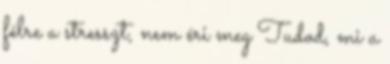
félre a stresszt, nem éri meg Tudod, mi a